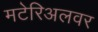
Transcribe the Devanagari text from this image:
मटेरिअलवर